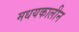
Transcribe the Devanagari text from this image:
मधयकालीन